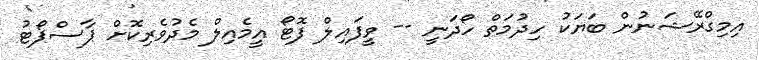
އިމިގްރޭޝަނުން ބަޔަކު ހިދުމަތް ހޯދަނީ -- ވީފައިލް ފޮޓޯ އީމެއިލް މެދުވެރިކޮށް ޕާސްޕޯޓު